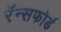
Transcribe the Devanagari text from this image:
रॅन्सफोर्ड